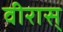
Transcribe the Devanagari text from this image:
वीरास्